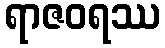
ရာဇဝရဿ